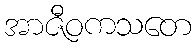
အာဇီဝကသတေ